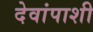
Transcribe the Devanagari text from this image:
देवांपाशी